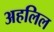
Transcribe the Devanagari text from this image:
अहलिल